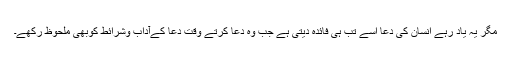
مگر یہ یاد رہے انسان کی دعا اسے تب ہی فائدہ دیتی ہے جب وہ دعا کرتے وقت دعا کےآداب وشرائط کوبھی ملحوظ رکھے۔